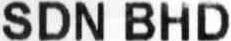
SDN BHD